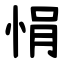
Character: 悁